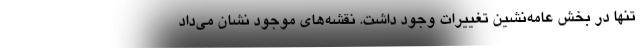
تنها در بخش عامه‌نشین تغییرات وجود داشت. نقشه‌های موجود نشان می‌داد